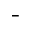
-